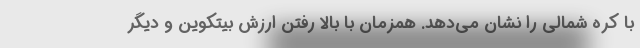
با کره شمالی را نشان می‌دهد. همزمان با بالا رفتن ارزش بیتکوین و دیگر